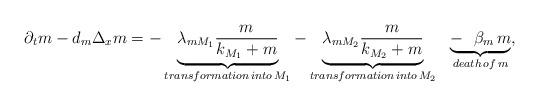
LaTeX: \begin{align*}\partial_t m - d_m \Delta_x m= - \underbrace{\lambda_{m M_1} \frac{m}{k_{M_1} + m}}_{transformation \, into \, M_1}- \underbrace{\lambda_{mM_2} \frac{m}{k_{M_2} + m}}_{transformation \, into \, M_2}\ \ \underbrace{- \ \ \beta_m\, m}_{death \,of\, m},\end{align*}